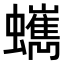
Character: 𧔍